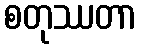
စတုဿတာ